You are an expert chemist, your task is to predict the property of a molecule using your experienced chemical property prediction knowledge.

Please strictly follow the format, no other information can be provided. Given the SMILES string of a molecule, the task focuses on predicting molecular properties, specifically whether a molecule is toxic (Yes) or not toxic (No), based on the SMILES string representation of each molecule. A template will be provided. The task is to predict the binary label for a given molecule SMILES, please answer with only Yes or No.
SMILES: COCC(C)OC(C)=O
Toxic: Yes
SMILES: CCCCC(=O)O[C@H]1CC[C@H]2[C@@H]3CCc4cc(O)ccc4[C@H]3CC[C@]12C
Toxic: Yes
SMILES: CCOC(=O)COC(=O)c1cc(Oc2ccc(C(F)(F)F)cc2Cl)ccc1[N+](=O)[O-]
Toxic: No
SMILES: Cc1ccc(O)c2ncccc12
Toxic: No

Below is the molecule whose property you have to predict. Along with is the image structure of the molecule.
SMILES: CCCOC(=O)CCCCC(=O)OCCC
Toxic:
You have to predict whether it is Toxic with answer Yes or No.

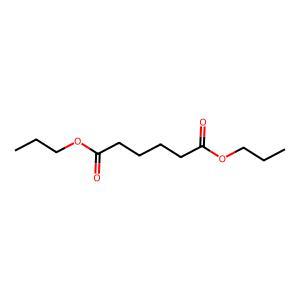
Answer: No